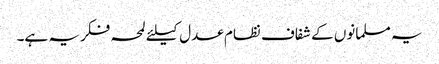
یہ مسلمانوں کے شفاف نظام عدل کیلئے لمحہ فکریہ ہے۔